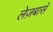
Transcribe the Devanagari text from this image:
लेज़बासॅ